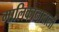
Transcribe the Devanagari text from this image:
मालिकानावाली